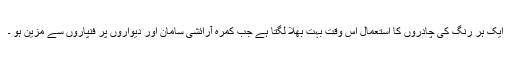
ایک ہر رنگ کی چادروں کا استعمال اس وقت بہت بھلا لگتا ہے جب کمرہ آرائشی سامان اور دیواروں پر فنپاروں سے مزین ہو ۔